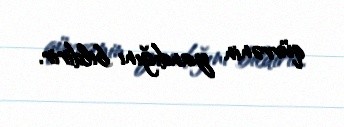
qüvvənin yandığını bildirir.